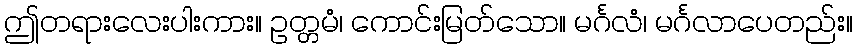
ဤတရားလေးပါးကား။ ဥတ္တမံ၊ ကောင်းမြတ်သော။ မင်္ဂလံ၊ မင်္ဂလာပေတည်း။